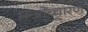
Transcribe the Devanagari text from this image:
मन्त्रोंच्चारण